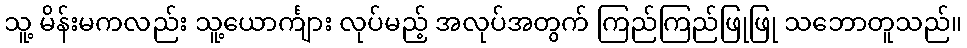
သူ့ မိန်းမကလည်း သူ့ယောင်္ကျား လုပ်မည့် အလုပ်အတွက် ကြည်ကြည်ဖြုဖြု သဘောတူသည်။